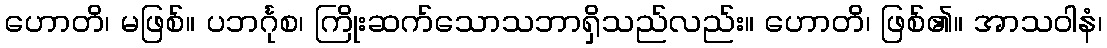
ဟောတိ၊ မဖြစ်။ ပဘင်္ဂုစ၊ ကြိုးဆက်သောသဘာရှိသည်လည်း။ ဟောတိ၊ ဖြစ်၏။ အာသဝါနံ၊